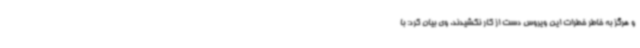
و هرگز به خاطر خطرات این ویروس دست از کار نکشیدند. وی بیان کرد: با